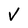
Character: V